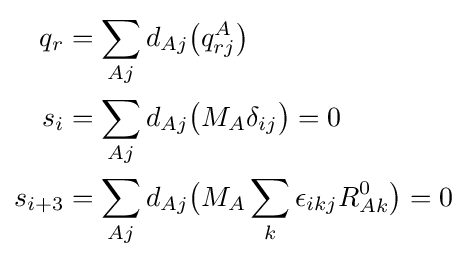
{\begin{aligned}q_{r}=\sum _{Aj}d_{Aj}&{\big (}q_{rj}^{A}{\big )}\\s_{i}=\sum _{Aj}d_{Aj}&{\big (}M_{A}\delta _{ij}{\big )}=0\\s_{i+3}=\sum _{Aj}d_{Aj}&{\big (}M_{A}\sum _{k}\epsilon _{ikj}R_{Ak}^{0}{\big )}=0\\\end{aligned}}